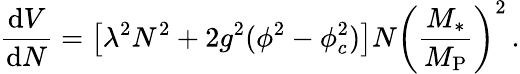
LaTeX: \frac{\mathrm{d}V}{\mathrm{d}N}=\left[\lambda^{2}N^{2}+2g^{2}(\phi^{2}-\phi_{c}^{2})\right]N\left(\frac{M_{*}}{M_{\mathrm{P}}}\right)^{2}\, .